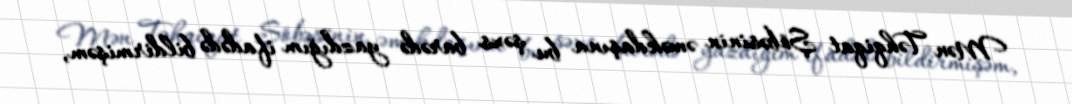
Mən Təhqiqat Şöbəsinin əməkdaşına bu şəxs barədə yazdığım ifadədə bildirmişəm,